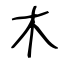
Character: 木